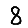
Digit: 8